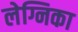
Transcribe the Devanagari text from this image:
लेग्निका